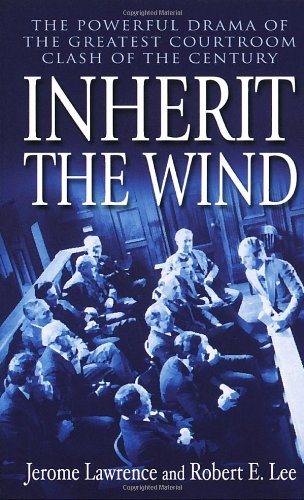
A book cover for Inherit the Wind; Jerome Lawrence; Literature & Fiction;